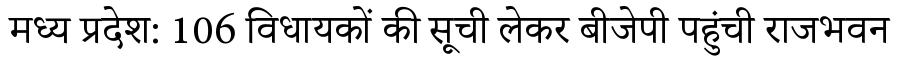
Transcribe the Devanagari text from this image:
मध्य प्रदेश: 106 विधायकों की सूची लेकर बीजेपी पहुंची राजभवन